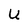
Character: U